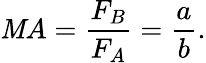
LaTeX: \mathit{M}A={\frac{{F_{B}}}{{F_{A}}}}={\frac{{a}}{{b}}}.